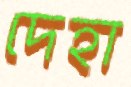
দেহা